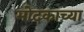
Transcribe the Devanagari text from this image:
मोदकाच्या